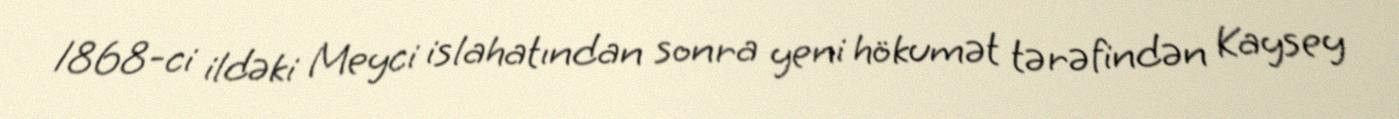
1868-ci ildəki Meyci islahatından sonra yeni hökumət tərəfindən Kaysey